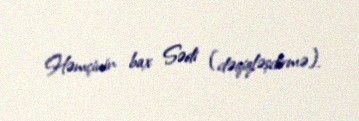
Həmçinin bax Sədi (dəqiqləşdirmə).